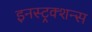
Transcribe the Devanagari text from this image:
इनस्ट्रक्शन्स